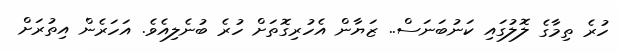
ހުރެ ތިމާގެ ލޮލުގައި ކަނުބަނަސް.. ޒަޔާން އެހުރިގޮތަށް ހުރެ ބުނެލިއެވެ. އަހަރެން އިތުރަށް